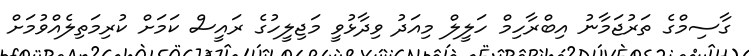
ގާސިމްގެ ތަރުޖަމާނު އިބްރާހިމް ހަލީލް މިއަދު ވިދާޅުވީ މަޖިލީހުގެ ރައީސް ކަމަށް ކުރިމަތިލެއްވުމަށް